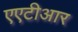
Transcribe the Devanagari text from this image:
एएटीआर